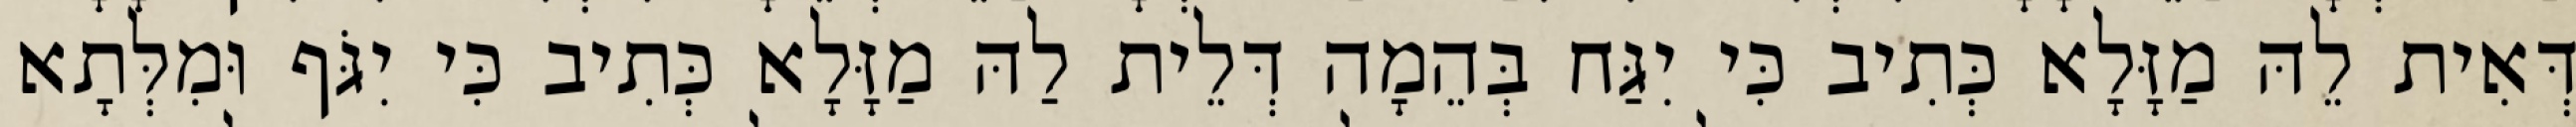
דְּאִית לֵהּ מַזָּלָא כְּתִיב כִּי יִגַּח בְּהֵמָה דְּלֵית לַהּ מַזָּלָא כְּתִיב כִּי יִגֹּף וּמִלְּתָא